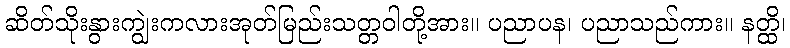
ဆိတ်သိုးနွားကျွဲးကလားအုတ်မြည်းသတ္တဝါတို့အား။ ပညာပန၊ ပညာသည်ကား။ နတ္ထိ၊